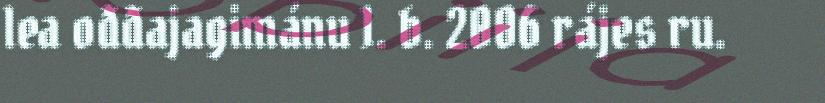
lea ođđajagimánu 1. b. 2006 rájes ru.